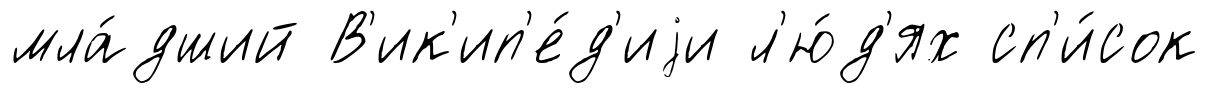
мла́дший В'ик'ип'е́д'иjи л'ю́д'ях сп'и́сок